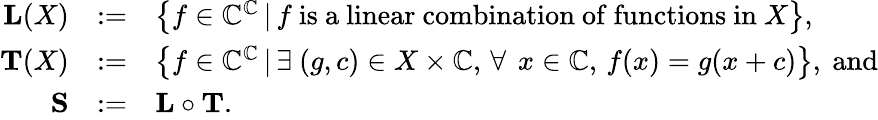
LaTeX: \begin{array}{rcl}{\mathbf{L}(X)}&{:=}&{\left\{ f\in\mathbb{C}^{\mathbb{C}}\, |\, f\mathrm{~is~a~linear~combination~of~functions~in~}X\right\} ,}\\ {\mathbf{T}(X)}&{:=}&{\left\{ f\in\mathbb{C}^{\mathbb{C}}\, |\, \exists\ (g,c)\in X\times\mathbb{C},\, \forall\ \, x\in\mathbb{C},\, f(x)=g(x+c)\right\} ,\ \mathrm{and}}\\ {\mathbf{S}}&{:=}&{\mathbf{L}\circ\mathbf{T}.}\end{array}